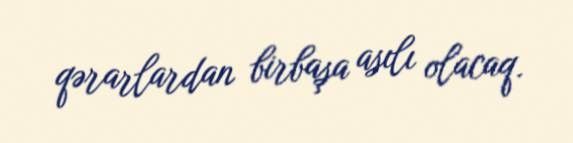
qərarlardan birbaşa asılı olacaq.